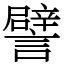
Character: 譬